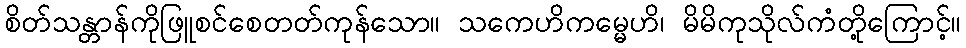
စိတ်သန္တာန်ကိုဖြူစင်စေတတ်ကုန်သော။ သကေဟိကမ္မေဟိ၊ မိမိကုသိုလ်ကံတို့ကြောင့်။